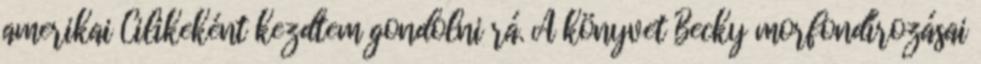
amerikai Cilikeként kezdtem gondolni rá. A könyvet Becky morfondírozásai